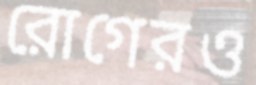
রোগেরও